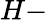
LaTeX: H-